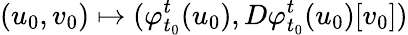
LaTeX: (u_{0},v_{0})\mapsto(\varphi_{t_{0}}^{t}(u_{0}),D\varphi_{t_{0}}^{t}(u_{0})[v_{0}])